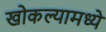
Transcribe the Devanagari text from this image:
खोकल्यामध्ये